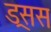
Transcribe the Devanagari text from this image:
ड्रसस